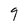
Character: 9